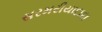
સરમરીયાદાદા